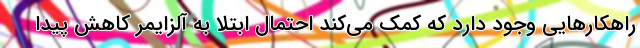
راهکارهایی وجود دارد که کمک می‌کند احتمال ابتلا به آلزایمر کاهش پیدا